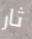
ثار